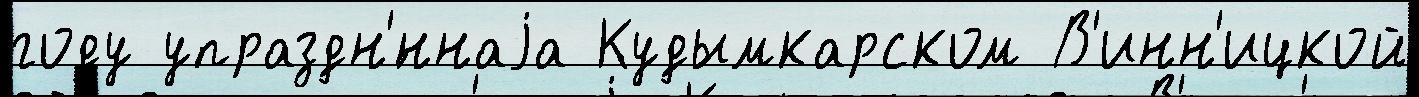
году упраздн'́ннаjа Кудымкарском В'инн'ицкой